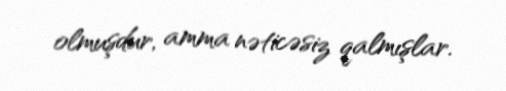
olmuşdur, amma nəticəsiz qalmışlar.